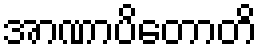
အာဏာပိတောတိ